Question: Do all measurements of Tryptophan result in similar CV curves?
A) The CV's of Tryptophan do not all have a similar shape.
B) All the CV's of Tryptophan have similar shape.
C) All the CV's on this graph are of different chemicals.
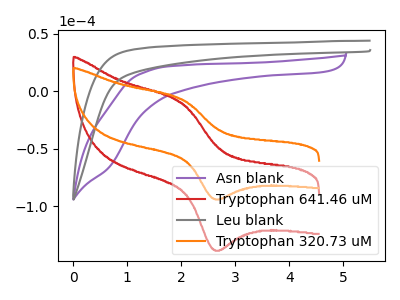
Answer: <think>The purple curve "Asn blank" has no peaks. The red curve "Tryptophan 641.46 uM" has an anodic peak at (2.00V, -10.05uA) and a cathodic peak at (2.60V, -137.95uA). The gray curve "Leu blank" has no peaks. The orange curve "Tryptophan 320.73 uM" has an anodic peak at (2.00V, -6.80uA) and a cathodic peak at (2.60V, -93.65uA).
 "Asn blank" and "Tryptophan 641.46 uM" have a different number of peaks. Neither "Asn blank" or "Leu blank" have any peaks. "Asn blank" and "Tryptophan 320.73 uM" have a different number of peaks. "Tryptophan 641.46 uM" and "Leu blank" have a different number of peaks. All the peaks in "Tryptophan 641.46 uM" have a peak in "Tryptophan 320.73 uM" at the same potential. "Leu blank" and "Tryptophan 320.73 uM" have a different number of peaks.</think>
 <answer>B) All the CV's of "Tryptophan" have similar shape.</answer>
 <eval>B</eval>